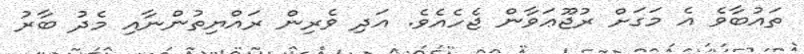
ތައުބާވެ އެ މަގަށް ރުޖޫޢަވާން ޖެހެއެވެ. އަދި ވެރިން ރައްޔިތުންނާއި މެދު ބާރު